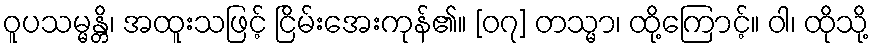
ဝူပသမ္မန္တိ၊ အထူးသဖြင့် ငြိမ်းအေးကုန်၏။ [၀၇] တသ္မာ၊ ထို့ကြောင့်။ ဝါ၊ ထိုသို့